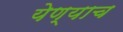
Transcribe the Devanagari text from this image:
येण्याच